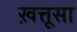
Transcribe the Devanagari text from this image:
ख़त्तूसा